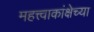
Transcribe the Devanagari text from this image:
महत्त्वाकांक्षेच्या